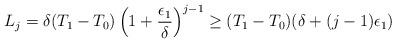
LaTeX: \begin{align*}L_j = \delta(T_1-T_0)\left(1 + \frac{\epsilon_1}{\delta}\right)^{j-1} \geq (T_1-T_0)(\delta + (j-1)\epsilon_1)\end{align*}